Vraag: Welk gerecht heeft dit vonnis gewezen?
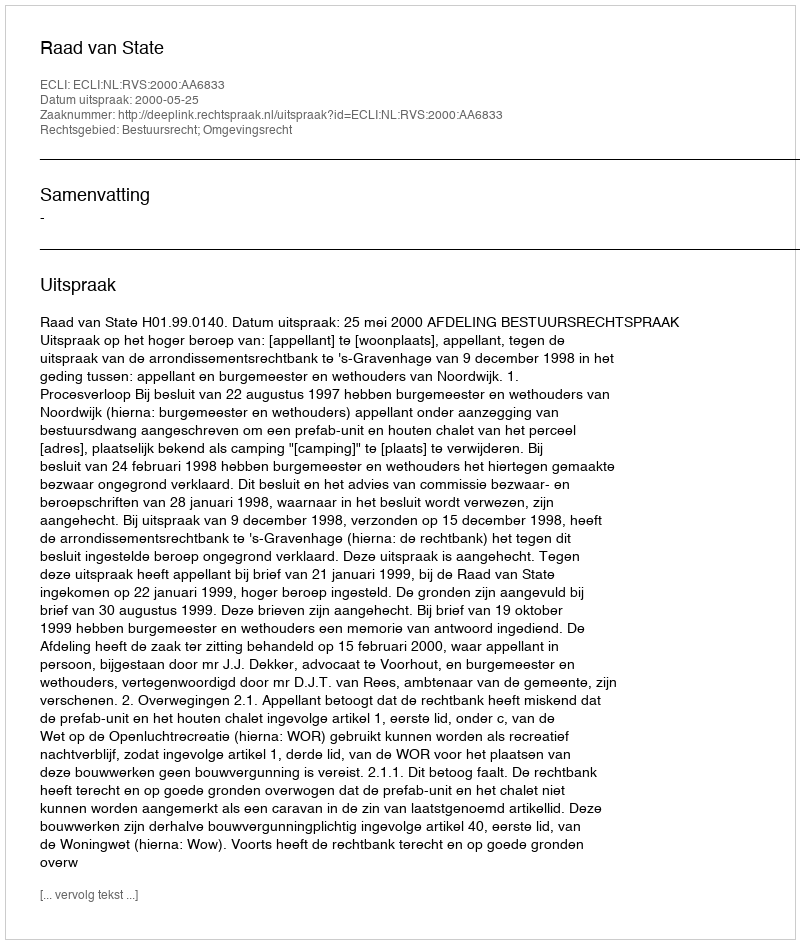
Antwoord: Raad van State